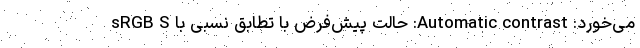
می‌خورد: Automatic contrast: حالت پیش‌فرض با تطابق نسبی با sRGB S